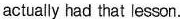
actually had that lesson.